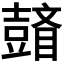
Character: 𱳊